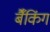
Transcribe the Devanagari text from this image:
बैँकिंग